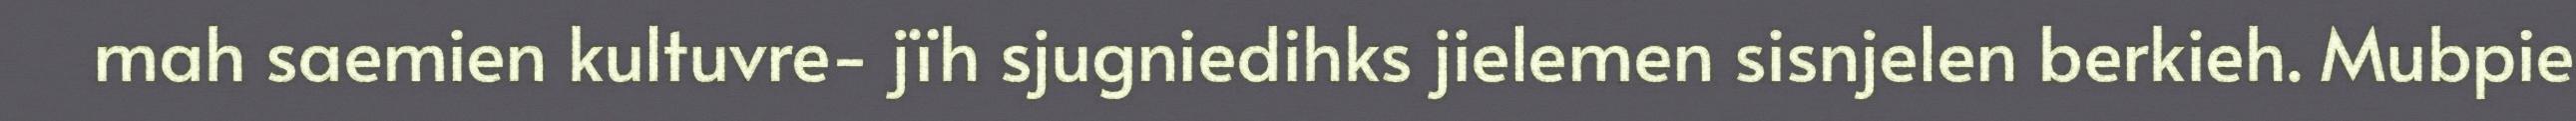
mah saemien kultuvre- jïh sjugniedihks jielemen sisnjelen berkieh. Mubpie